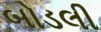
બોડલી